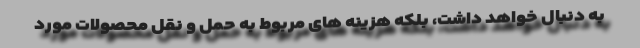
به دنبال خواهد داشت، بلکه هزینه های مربوط به حمل و نقل محصولات مورد